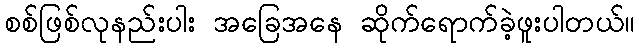
စစ်ဖြစ်လုနည်းပါး အခြေအနေ ဆိုက်ရောက်ခဲ့ဖူးပါတယ်။